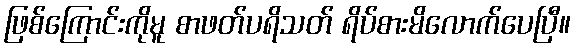
ဖြစ်ကြောင်းကိုမူ စာဖတ်ပရိသတ် ရိပ်စားမိလောက်ပေပြီ။